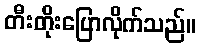
တီးတိုးပြောလိုက်သည်။